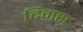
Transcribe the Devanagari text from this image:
दिमस